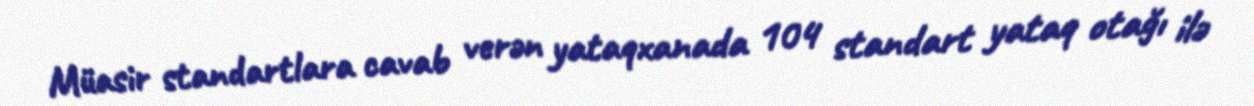
Müasir standartlara cavab verən yataqxanada 104 standart yataq otağı ilə